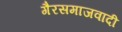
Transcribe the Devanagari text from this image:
गैरसमाजवादी